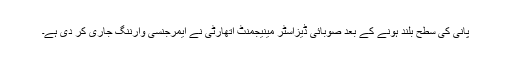
پانی کی سطح بلند ہونے کے بعد صوبائی ڈیزاسٹر مینیجمنٹ اتھارٹی نے ایمرجنسی وارننگ جاری کر دی ہے۔